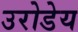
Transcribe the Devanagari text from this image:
उरोडेय